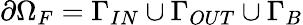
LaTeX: \partial\Omega_{F}=\Gamma_{IN}\cup\Gamma_{OUT}\cup\Gamma_{B}